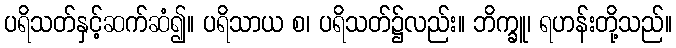
ပရိသတ်နှင့်ဆက်ဆံ၍။ ပရိသာယ စ၊ ပရိသတ်၌လည်း။ ဘိက္ခူ၊ ရဟန်းတို့သည်။